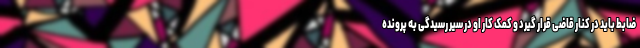
ضابط باید در کنار قاضی قرار گیرد و کمک کار او در سیر رسیدگی به پرونده